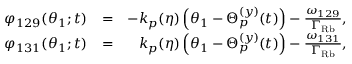
\begin{array} { r l r } { \varphi _ { 1 2 9 } ( \theta _ { 1 } ; t ) } & { = } & { - k _ { p } ( \eta ) \left( \theta _ { 1 } - \Theta _ { p } ^ { ( y ) } ( t ) \right) - \frac { \omega _ { 1 2 9 } } { \Gamma _ { \mathrm { R b } } } , } \\ { \varphi _ { 1 3 1 } ( \theta _ { 1 } ; t ) } & { = } & { k _ { p } ( \eta ) \left( \theta _ { 1 } - \Theta _ { p } ^ { ( y ) } ( t ) \right) - \frac { \omega _ { 1 3 1 } } { \Gamma _ { \mathrm { R b } } } , } \end{array}